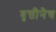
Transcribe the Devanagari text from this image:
वृत्तीनेच